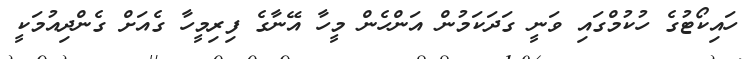
ހައިކޯޓުގެ ހުކުމްގައި ވަނީ ގަދަކަމުން އަންހެން މީހާ އޭނާގެ ފިރިމީހާ ގެއަށް ގެންދިއުމަކީ